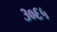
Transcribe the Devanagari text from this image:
३०६५